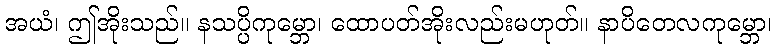
အယံ၊ ဤအိုးသည်။ နသပ္ပိကုမ္ဘော၊ ထောပတ်အိုးလည်းမဟုတ်။ နာပိတေလကုမ္ဘော၊